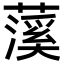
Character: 𬞥